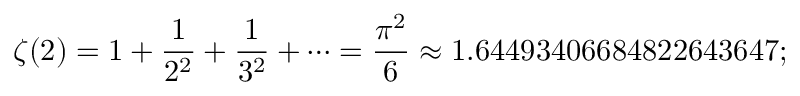
\zeta ( 2 ) = 1 + { \frac { 1 } { 2 ^ { 2 } } } + { \frac { 1 } { 3 ^ { 2 } } } + \cdots = { \frac { \pi ^ { 2 } } { 6 } } \approx 1 . 6 4 4 9 3 4 0 6 6 8 4 8 2 2 6 4 3 6 4 7 ;